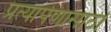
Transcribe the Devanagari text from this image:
प्रत्यार्पणासाठी